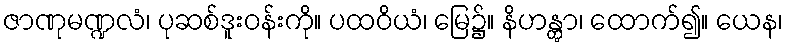
ဇာဏုမဏ္ဍလံ၊ ပုဆစ်ဒူးဝန်းကို။ ပထဝိယံ၊ မြေ၌။ နိဟန္တွာ၊ ထောက်၍။ ယေန၊